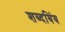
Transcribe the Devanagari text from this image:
शब्दबिंब